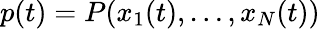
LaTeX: p(t)=P(x_{1}(t),\ldots,x_{N}(t))